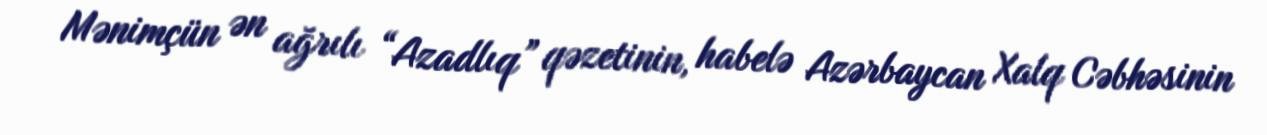
Mənimçün ən ağrılı “Azadlıq” qəzetinin, habelə Azərbaycan Xalq Cəbhəsinin